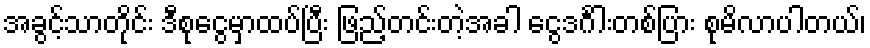
အခွင့်သာတိုင်း ဒီစုငွေမှာထပ်ပြီး ဖြည့်တင်းတဲ့အခါ ငွေဒင်္ဂါးတစ်ပြား စုမိလာပါတယ်၊